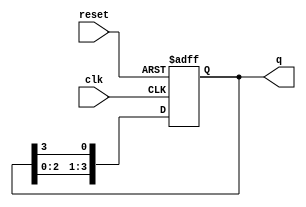
module ring_counter (
    input wire clk,      // Clock input
    input wire reset,    // Asynchronous reset input
    output reg [3:0] q   // 4-bit output
);

    // Initial state when reset is activated
    always @(posedge clk or posedge reset) begin
        if (reset) begin
            q <= 4'b1000; // Initialize to 1000
        end else begin
            // Shift the '1' through the flip-flops
            q <= {q[2:0], q[3]}; // Shift left and wrap around
        end
    end

endmodule